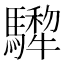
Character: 𩦄